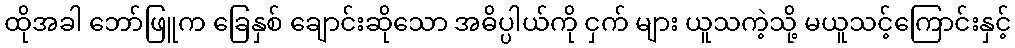
ထိုအခါ ဘော်ဖြူက ခြေနှစ် ချောင်းဆိုသော အဓိပ္ပါယ်ကို ငှက် များ ယူသကဲ့သို့ မယူသင့်ကြောင်းနှင့်